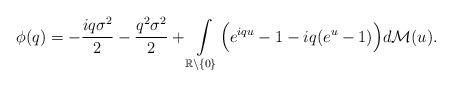
LaTeX: \begin{align*}\phi(q) = -\frac{iq\sigma^2}{2} - \frac{q^2\sigma^2}{2} + \int\limits_{\mathbb{R}\setminus \{0\}} \Bigl(e^{iq u}-1-iq(e^u-1)\Bigr) d\mathcal{M}(u).\end{align*}